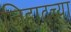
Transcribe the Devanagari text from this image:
जिहादच्या